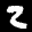
Label: 2